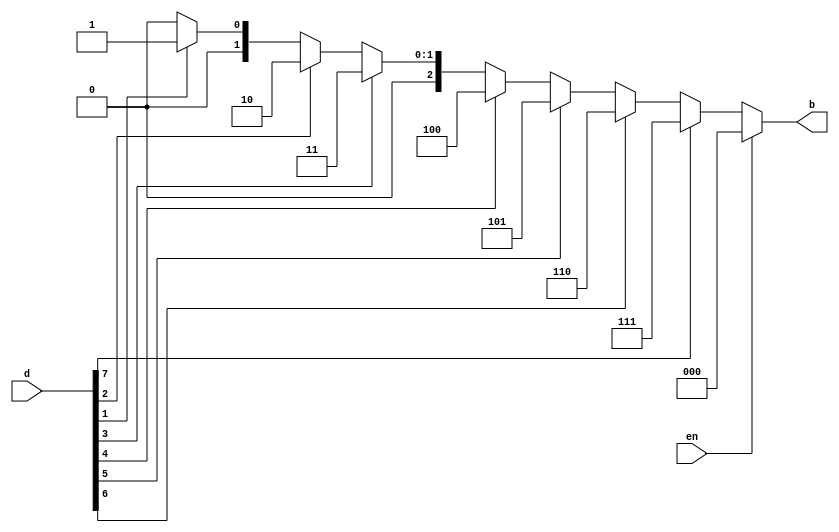
module EnPri83(
    input en,
    input [7:0] d,
    output [2:0] b);
    reg [2:0] b;
    always@ (d , en)
    if(en) b=3'd0;
    else if(d[7]) b = 3'd7;
    else if (d[6]) b= 3'd6;
    else if (d[5]) b= 3'd5;
    else if (d[4]) b= 3'd4;
    else if (d[3]) b= 3'd3;
    else if (d[2]) b= 3'd2;
    else if (d[1]) b= 3'd1;
    else b= 3'd000;
    endmodule